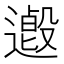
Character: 𨗋